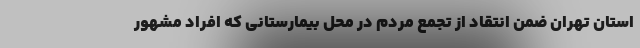
استان تهران ضمن انتقاد از تجمع مردم در محل بیمارستانی که افراد مشهور